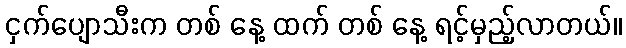
ငှက်ပျောသီးက တစ် နေ့ ထက် တစ် နေ့ ရင့်မှည့်လာတယ်။